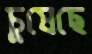
চুষেছে